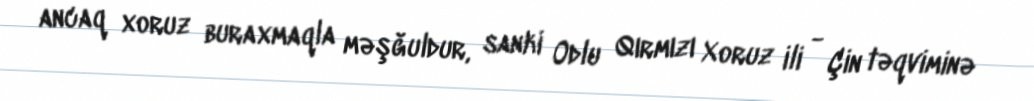
ancaq xoruz buraxmaqla məşğuldur, sanki Odlu Qırmızı Xoruz ili - Çin təqviminə